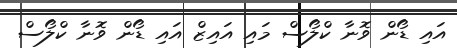
އައި ޑޯން ވޮނާ ކްލޯސް މައި އައިޒް އައި ޑޯން ވޮނާ ކްލޯސް